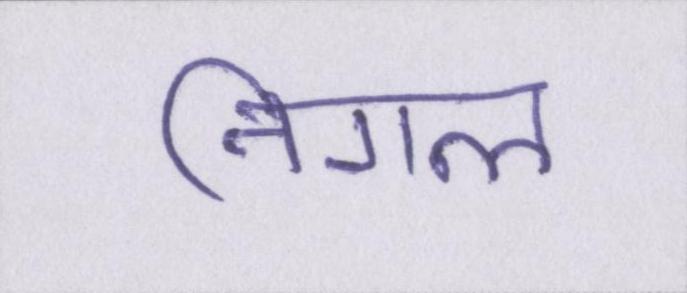
निगल